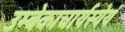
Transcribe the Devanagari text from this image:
उम्बेकाचार्यस्येयं